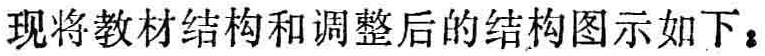
现将教材结构和调整后的结构图示如下：